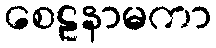
စေဠနာမကာ